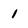
Character: 1